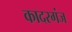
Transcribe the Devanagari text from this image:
कादरगंज